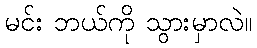
မင်း ဘယ်ကို သွားမှာလဲ။